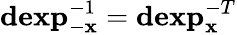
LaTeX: \mathbf{dexp}_{-\mathbf{x}}^{-1}=\mathbf{dexp}_{\mathbf{x}}^{-T}